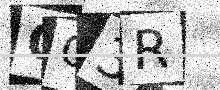
Text: OO3R